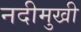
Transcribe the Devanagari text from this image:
नदीमुखी